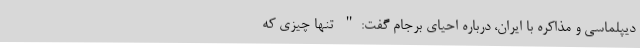
دیپلماسی و مذاکره با ایران، درباره احیای برجام گفت:" تنها چیزی که